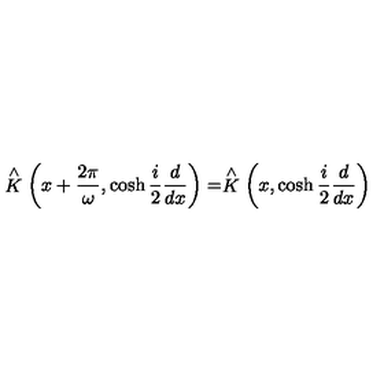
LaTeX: \stackrel { \wedge } { K } \left( x + \frac { 2 \pi } { \omega } , \cosh \frac { i } { 2 } \frac { d } { d x } \right) = \stackrel { \wedge } { K } \left( x , \cosh \frac { i } { 2 } \frac { d } { d x } \right)